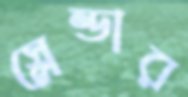
স্লেন্ডার